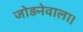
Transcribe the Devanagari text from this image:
जोड़नेवाला।